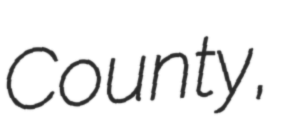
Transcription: County,